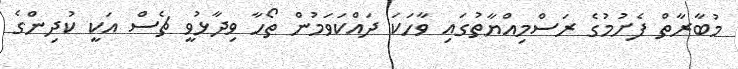
މުބާރާތް ފެށުމުގެ ރަސްމިއްޔާތުގައި ވާހަކަ ދައްކަވަމުން ތޯހާ ވިދާޅުވީ ޗެސް އަކީ ކުދިންގެ